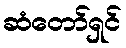
ဆံတော်ရှင်